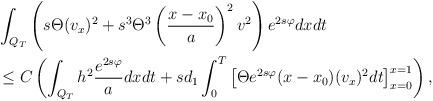
LaTeX: \begin{align*}\begin{aligned}&\int_{Q_T} \left(s\Theta (v_x)^2 + s^3 \Theta^3\left(\frac{x-x_0}{a} \right)^2v^2\right)e^{2s\varphi}dxdt\\&\le C\left(\int_{Q_T} h^{2}\frac{e^{2s\varphi}}{a}dxdt +sd_1\int_0^T\left[\Theta e^{2s \varphi}(x-x_0)(v_x)^2dt\right]_{x=0}^{x=1}\right),\end{aligned}\end{align*}